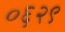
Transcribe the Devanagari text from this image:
०६२९